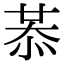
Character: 𢚈